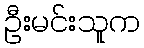
ဦးမင်းသူက